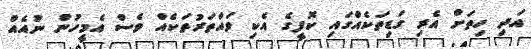
އަދި ހިތަށް އެރި ގަޑިތަކެއްގައި ކޮފީގެ އެކި ވައްތަރުތަކެއް ވެސް އެމީހުން ނުއެއް